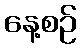
နေ့စဉ်